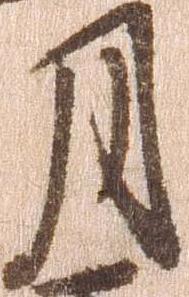
月